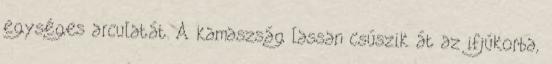
egységes arculatát. A kamaszság lassan csúszik át az ifjúkorba,